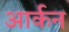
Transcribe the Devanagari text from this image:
आर्कन